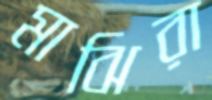
মাঝিরা